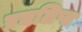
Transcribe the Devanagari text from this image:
प्रचलिप्त